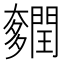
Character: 𨷎